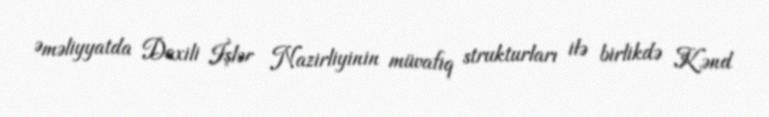
Əməliyyatda Daxili İşlər Nazirliyinin müvafiq strukturları ilə birlikdə Kənd